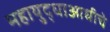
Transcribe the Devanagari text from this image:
महायुद्धाआधीचे